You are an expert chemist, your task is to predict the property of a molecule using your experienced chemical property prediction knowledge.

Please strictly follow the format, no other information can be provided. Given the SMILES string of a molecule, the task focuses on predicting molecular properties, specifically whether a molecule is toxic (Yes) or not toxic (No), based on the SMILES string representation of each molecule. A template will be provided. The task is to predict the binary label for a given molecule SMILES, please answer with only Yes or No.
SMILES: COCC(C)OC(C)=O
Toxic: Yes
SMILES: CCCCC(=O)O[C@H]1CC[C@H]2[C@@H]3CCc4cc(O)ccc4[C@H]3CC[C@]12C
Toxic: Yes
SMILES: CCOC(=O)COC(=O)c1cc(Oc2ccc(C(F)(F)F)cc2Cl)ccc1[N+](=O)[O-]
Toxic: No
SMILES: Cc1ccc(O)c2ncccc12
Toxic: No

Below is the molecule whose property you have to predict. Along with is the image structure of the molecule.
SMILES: CCOCN(C(=O)CCl)c1c(C)cccc1CC
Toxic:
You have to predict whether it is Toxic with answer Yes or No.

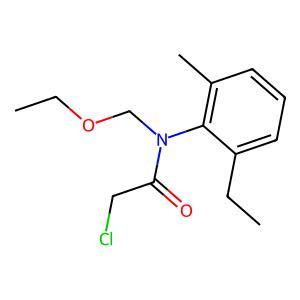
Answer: No